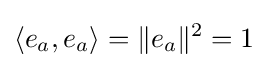
\langle e_{a},e_{a}\rangle =\|e_{a}\|^{2}=1